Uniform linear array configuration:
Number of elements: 64
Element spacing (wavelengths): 0.5
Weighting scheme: uniform
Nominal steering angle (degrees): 30
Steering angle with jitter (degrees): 31.859
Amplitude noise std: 0.05
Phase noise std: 0.05

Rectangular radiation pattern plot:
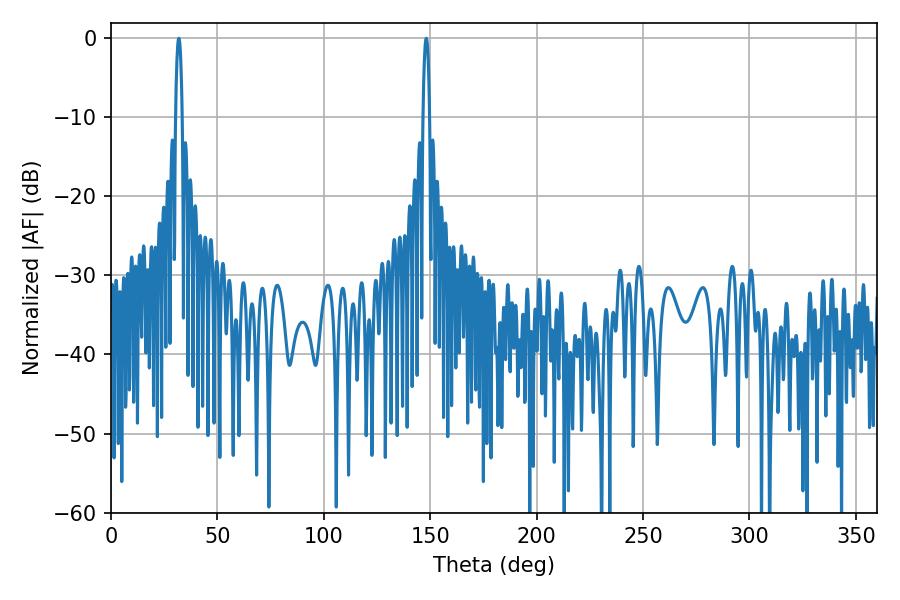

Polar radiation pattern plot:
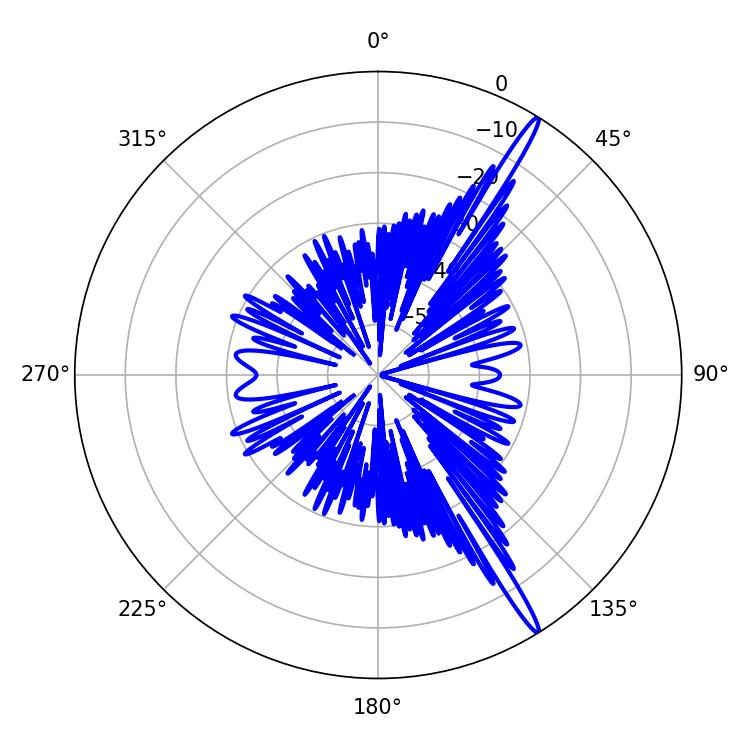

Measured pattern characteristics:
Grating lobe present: FALSE
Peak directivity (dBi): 17.175
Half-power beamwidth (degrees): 1.8
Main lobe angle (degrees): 31.86